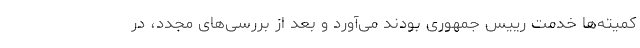
کمیته‌ها خدمت رییس جمهوری بودند می‌آورد و بعد از بررسی‌های مجدد، در